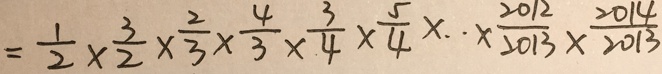
= \frac { 1 } { 2 } \times \frac { 3 } { 2 } \times \frac { 2 } { 3 } \times \frac { 4 } { 3 } \times \frac { 3 } { 4 } \times \frac { 5 } { 4 } \times \cdot \times \frac { 2 0 1 2 } { 2 0 1 3 } \times \frac { 2 0 1 4 } { 2 0 1 3 }